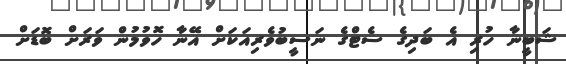
ޝަބީނާ ހުރި އެ ބަދިގެ ސެޓްގެ ނަސީބުވެރިއަކަށް އޭނާ ހޮވުމުން ވަރަށް ބޮޑަށް